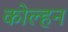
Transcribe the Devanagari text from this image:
कोल्हन